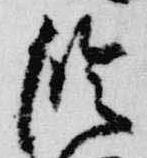
臨